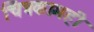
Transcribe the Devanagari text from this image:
चित्रकामही